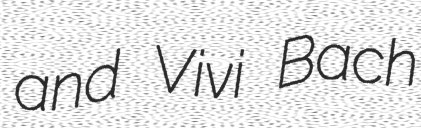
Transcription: and Vivi Bach